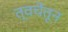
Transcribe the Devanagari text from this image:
त्वचेंतून